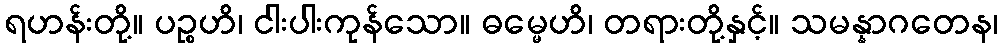
ရဟန်းတို့။ ပဉ္စဟိ၊ ငါးပါးကုန်သော။ ဓမ္မေဟိ၊ တရားတို့နှင့်။ သမန္နာဂတေန၊